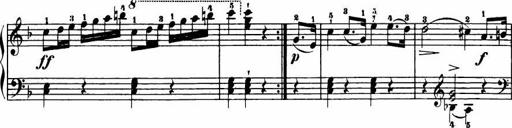
Title: Le bouquetier
Composer: Anton Diabelli
Key: G major
 C major
 F major
 C major